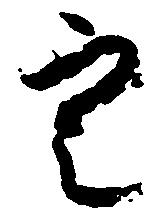
定